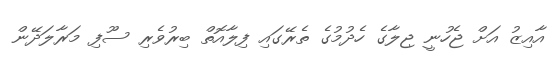
އާއިޒު އަށް ޖެހުނީ ޖިލާގެ ހެދުމުގެ ތެރޭގައި ފިލާއޮތް ބިރުވެރި ސޫފި މަރާލަދޭން